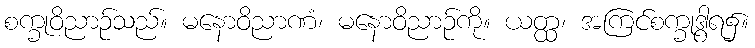
စက္ခုဝိညာဉ်သည်။ မနောဝိညာဏံ၊ မနောဝိညာဉ်ကို။ ယတ္ထ၊ အကြင်စက္ခုဒွါရ၌။